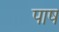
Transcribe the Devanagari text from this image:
पाष